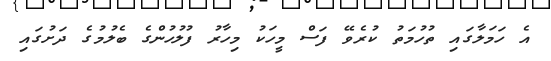
އެ ހަމަލާގައި ތުހުމަތު ކުރެވޭ ފަސް މީހަކު މިހާރު ފުލުހުންގެ ބެލުމުގެ ދަށުގައި